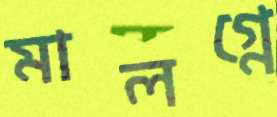
মালগ্নে